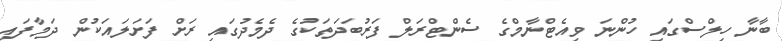
ބާނާ ހިލްސްގައި ހުންނަ ވިއެޓްނާމްގެ ސެންޓްރަލް ފަރުބަދަތަކުގެ ދެމެދުގައި ރަށް ފަށަލައަކުން ދަމާފައި